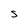
Character: S